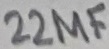
Text: 22µF